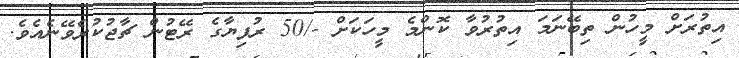
އިތުރަށް މީހުން ތިބޭނަމަ އިތުރުވާ ކޮންމެ މީހަކަށް -/50 ރުފިޔާގެ ރޭޓުން ޗާޖުކުރެވޭނެއެވެ.